Report on vaccination in Madras 1922-1929 - 1922-1929
Year: 1922
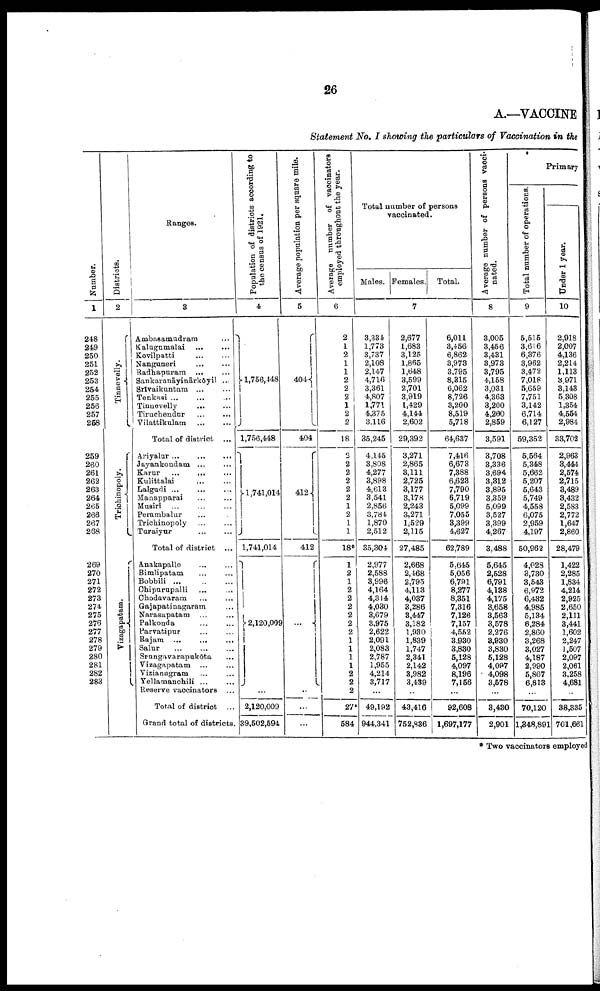
26
A.—VACCINE
Statement No. I showing the particulars of Vaccination in the
Number.
1
248
249
250
251
252
253
254
255
256
257
268
259
260
261
262
263
264
265
266
267
268
269
270
271
272
273
274
275
276
277
278
279
280
281
282
283
Districts.
2
Tinnevelly.
Trichinopoly.
Vizagapatam.
Ranges.
3
Ambasamudram ...
Kalugumalai ... ...
Kovilpatti
...
...
Nanguneri ... ...
Radhapuram ... ...
Sankaranāyinārkōyil ...
Srīvaikuntam ... ...
Tenkasi ...
... ...
Tinnevelly
...
...
Tiruchendur
...
...
Vilattikulam ... ...
Total of district ...
Ariyalur
...
...
...
Jayankondam ... ...
Karur ... ... ...
Kulittalai ... ... ...
Lalgudi ... ... ...
Manapparai ... ... ...
Musiri ... ... ...
Perambalur ... ...
Trichinopoly ... ...
Turaiyur
...
...
Total of district ...
Anakapalle ... ...
Bimlipatam ... ...
Bobbili
...
...
...
Chipurupalli
...
...
Chodavaram ... ...
Gajapatinagaram ...
Narasapatam ... ...
Palkonda ... ...
Parvatipur
...
...
Rajam ... ... ...
Salur
...
...
...
Srungavarapukōta ...
Vizagapatam ... ...
Vizianugram ... ...
Yellamanchili ... ...
Reserve vaccinators ...
Total of district ...
Grand total of districts.
P
opulation of distrusts according to
the census of 1921.
4
1,756,448
1,756,448
1,741,014
1,741,014
2,120,009
...
2,120,009
39,502,594
Average population per square mile.
5
404
404
412
412
...
...
...
...
Average number of vaccinators
employed throughout the year.
6
2
1
2
1
1
2
2
2
1
2
2
18
2
2
2
2
2
2
1
2
1
1
18*
1
2
1
2
2
2
2
2
2
1
1
1
1
2
2
2
27*
584
Total number of persons
vaccinated.
Males. Females. Total.
7
3,334
1,773
3,737
2,108
2,147
4,716
3,361
4,807
1,771
4,375
3,116
35,245
4,145
3,808
4,277
3,898
4,613
3,541
2,856
3,784
1,870
2,512
35,304
2,977
2,588
3,996
4,164
4,314
4,030
3,679
3,975
2,622
2,091
2,083
2,787
1,955
4,214
3,717
...
49,192
944,341
2,677
1,683
3,125
1,865
1,648
3,599
2,701
3,919
1,429
4,144
2,602
29,392
3,271
2,865
3,111
2,725
3,177
3,178
2,243
3,271
1,529
2,115
27,485
2,668
2,468
2,795
4,113
4,037
3,286
3,447
3,182
1,930
1,839
1,747
2,341
2,142
3,982
3,439
...
43,416
752,836
6,011
3,456
6,862
3,973
3,795
8,315
6,062
8,726
3,200
8,519
5,718
64,637
7,416
6,673
7,388
6,623
7,790
6,719
5,099
7,055
3,399
4,627
62,789
5,645
5,056
6,791
8,277
8,351
7,316
7,126
7,157
4,552
3,930
3,830
5,128
4,097
8,196
7,156
...
92,608
1,697,177
Average number of persons vacci
nated.
8
3,005
3,456
3,431
3,973
3,795
4,158
3,031
4,363
3,200
4,260
2,859
3,591
3,708
3,336
3,694
3,312
3,895
3,359
5,099
3,527
3,399
4,267
3,488
5,645
2,528
6,791
4,138
4,175
3,658
3,563
3,578
2,276
3,930
3,830
5,128
4,097
4,098
3,578
...
3,430
2,901
Primary
Total number of operations.
9
5,515
3,616
6,376
3,962
3,472
7,018
5,659
7,751
3,142
6,714
6,127
59,352
5,564
5,348
5,662
5,207
5,643
5,749
4,558
6,075
2,959
4,197
50,962
4,028
3,730
3,543
6,972
6,432
4,985
5,134
6,284
2,860
3,268
3,027
4,187
2,990
5,867
6,813
...
70,120
1,348,891
Under 1 year.
10
2,918
2,007
4,136
2,214
1,113
3,971
3,143
5,308
1,354
4,554
2,984
33,702
2,963
3,444
2,574
2,715
3,489
3,432
2,583
2,772
1,647
2,860
28,479
1,422
2,285
1,834
4,214
2,925
2,650
2,111
3,441
1,602
2,247
1,507
2,097
2,061
3,258
4,681
...
38,335
701,661
* Two vaccinators employed